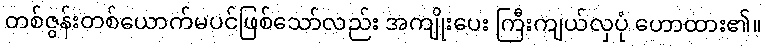
တစ်ဇွန်းတစ်ယောက်မပင်ဖြစ်သော်လည်း အကျိုးပေး ကြီးကျယ်လှပုံ ဟောထား၏။